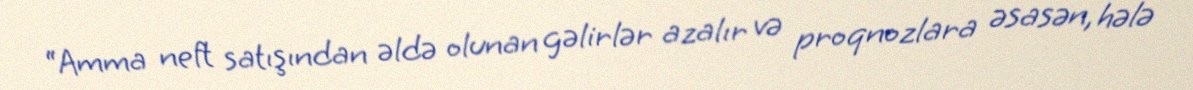
“Amma neft satışından əldə olunan gəlirlər azalır və proqnozlara əsasən, hələ